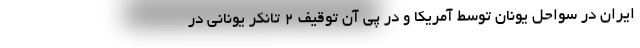
ایران در سواحل یونان توسط آمریکا و در پی آن توقیف ۲ تانکر یونانی در